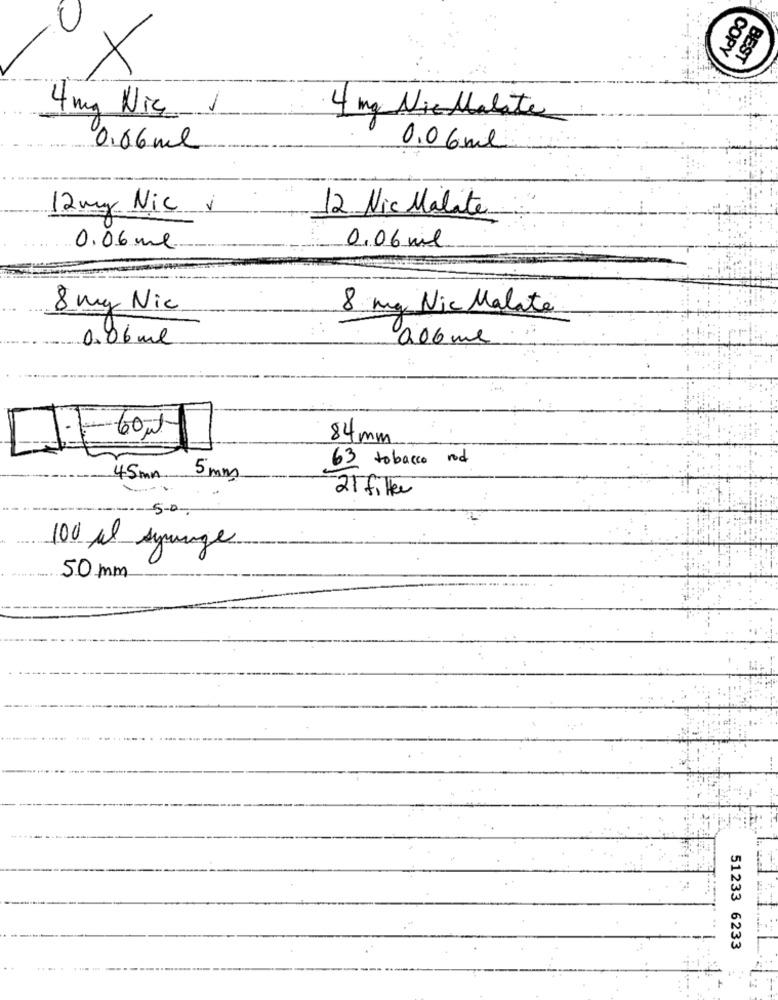
COPY
BEST
4mg Nic 1
4 mg Nie Malate
0.66 ml
0.06 ml
12mg Nic v
12. Nic Malite
0.06 ml
0.06 ml
8 mg Nic
8 mg Nic Malate
0.06 ml
006me
84mm
63 tobacco rod
45mn
5 mm
21 filter
5-0-
100 al synge
50mm
51233 6233